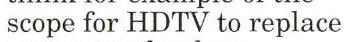
scope for HDTV to replace